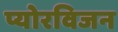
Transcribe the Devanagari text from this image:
प्योरविजन